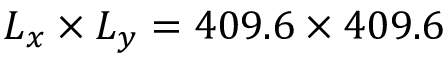
L _ { x } \times L _ { y } = 4 0 9 . 6 \times 4 0 9 . 6